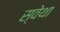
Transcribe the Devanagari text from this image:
स्वेथा